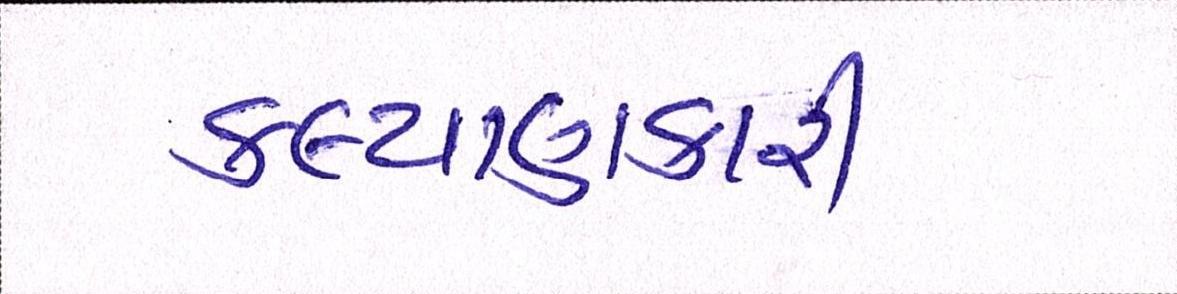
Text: કલ્યાણકારી